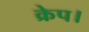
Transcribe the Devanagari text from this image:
क्रेप।